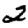
Digit: 2